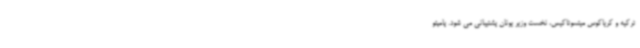
ترکیه و کریاکوس میتسوتاکیس، نخست وزیر یونان پشتیبانی می شود. پامپئو